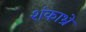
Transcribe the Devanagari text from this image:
शंकाभ्रे